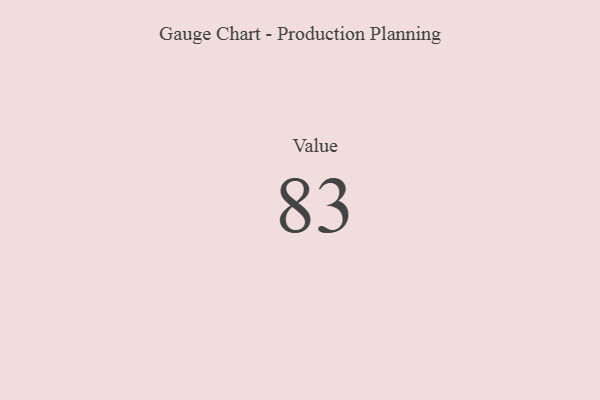
{"axis": {"x": "Metric", "y": "Value"}, "legend": [""], "data": [{"x": "Value", "y": 83, "type": ""}]}